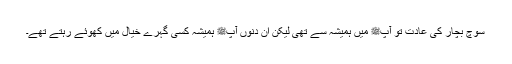
سوچ بچار کی عادت تو آپﷺ میں ہمیشہ سے تھی لیکن ان دنوں آپﷺ ہمیشہ کسی گہرے خیال میں کھوئے رہتے تھے۔